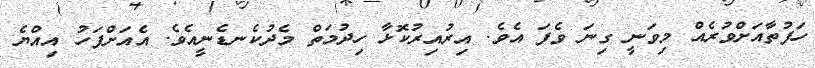
ހަފުތާއަށްވުރެއް މިވަނީ ގިނަ ވެފަ އެވެ. އިރުއިރުކޮޅާ ހިދުމަތް މެދުކެނޑެނީއެވެ. އެއަށްފަހު އިއްޔެ